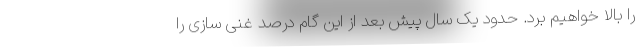
را بالا خواهیم برد. حدود یک سال پیش بعد از این گام درصد غنی سازی را